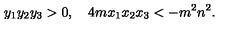
y _ { 1 } y _ { 2 } y _ { 3 } > 0 , \quad 4 m x _ { 1 } x _ { 2 } x _ { 3 } < - m ^ { 2 } n ^ { 2 } .